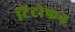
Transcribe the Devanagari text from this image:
टिटोफन